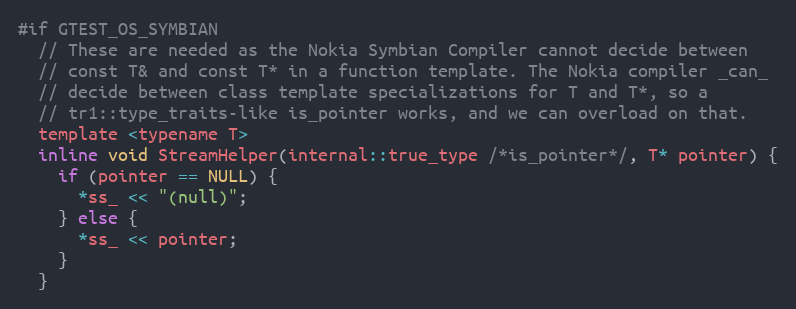
Language: C
#if GTEST_OS_SYMBIAN
  // These are needed as the Nokia Symbian Compiler cannot decide between
  // const T& and const T* in a function template. The Nokia compiler _can_
  // decide between class template specializations for T and T*, so a
  // tr1::type_traits-like is_pointer works, and we can overload on that.
  template <typename T>
  inline void StreamHelper(internal::true_type /*is_pointer*/, T* pointer) {
    if (pointer == NULL) {
      *ss_ << "(null)";
    } else {
      *ss_ << pointer;
    }
  }